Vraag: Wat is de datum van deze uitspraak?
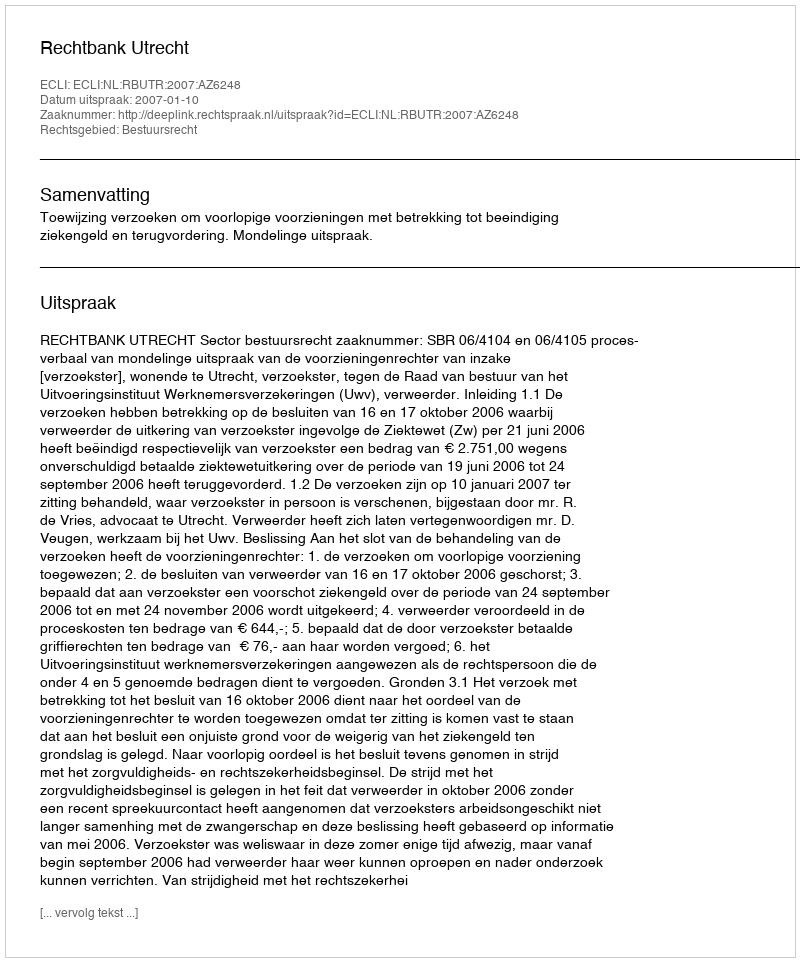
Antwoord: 2007-01-10